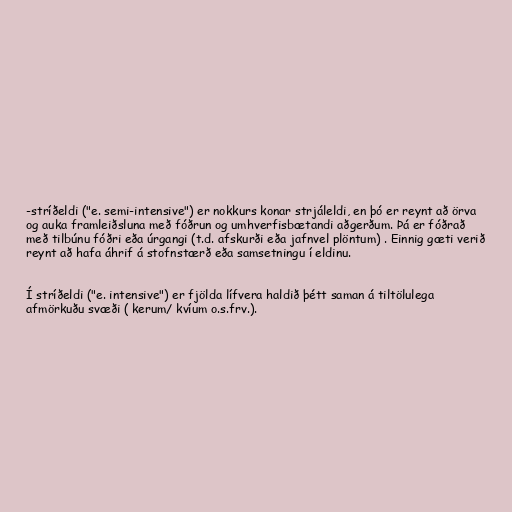
-stríðeldi ("e. semi-intensive") er nokkurs konar strjáleldi, en þó er reynt að örva
og auka framleiðsluna með fóðrun og umhverfisbætandi aðgerðum. Þá er fóðrað
með tilbúnu fóðri eða úrgangi (t.d. afskurði eða jafnvel plöntum) . Einnig gæti verið
reynt að hafa áhrif á stofnstærð eða samsetningu í eldinu.

Í stríðeldi ("e. intensive") er fjölda lífvera haldið þétt saman á tiltölulega
afmörkuðu svæði ( kerum/ kvíum o.s.frv.).